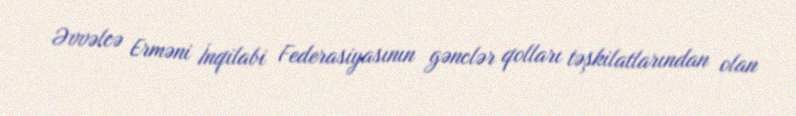
Əvvəlcə Erməni İnqilabi Federasiyasının gənclər qolları təşkilatlarından olan